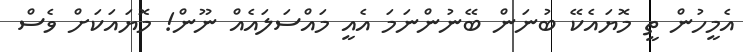
އެމީހުން ތީ މޮޔައެކޭ ބުނަން ބޭނުންނަމަ އެއީ މައްސަލައެއް ނޫން! މޮޔައަކަށް ވެސް